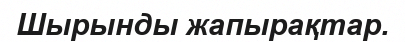
Шырынды жапырақтар.